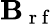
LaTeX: \mathbf{B}_{\mathrm{~r~f~}}